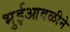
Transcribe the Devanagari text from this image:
भुईआवळीने